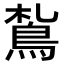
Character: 𩿤